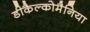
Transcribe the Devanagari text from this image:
डीकैल्कोमैनिया